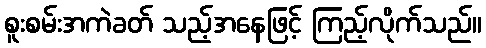
စူးစမ်းအကဲခတ် သည့်အနေဖြင့် ကြည့်လိုက်သည်။